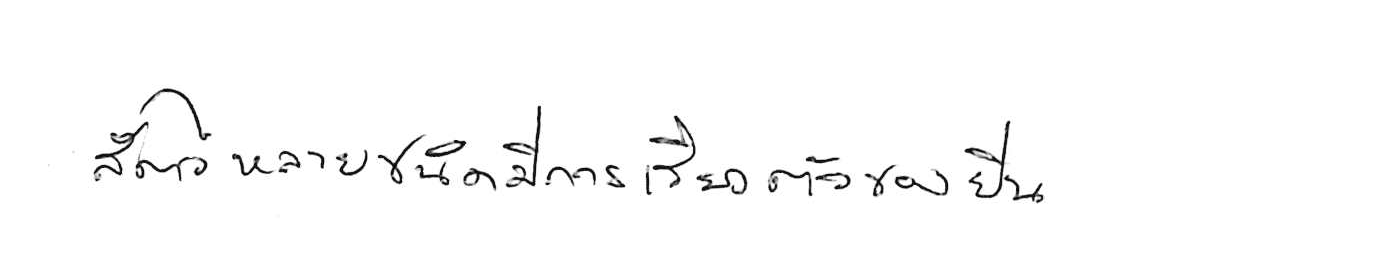
สัตว์หลายชนิดมีการเรียงตัวของยีน